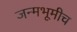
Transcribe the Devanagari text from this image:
जन्मभूमीच